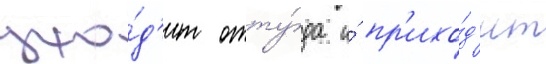
ухо́д'ит отту́да и́ пр'ихо́д'ит